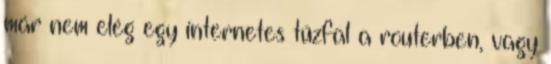
már nem elég egy internetes tűzfal a routerben, vagy